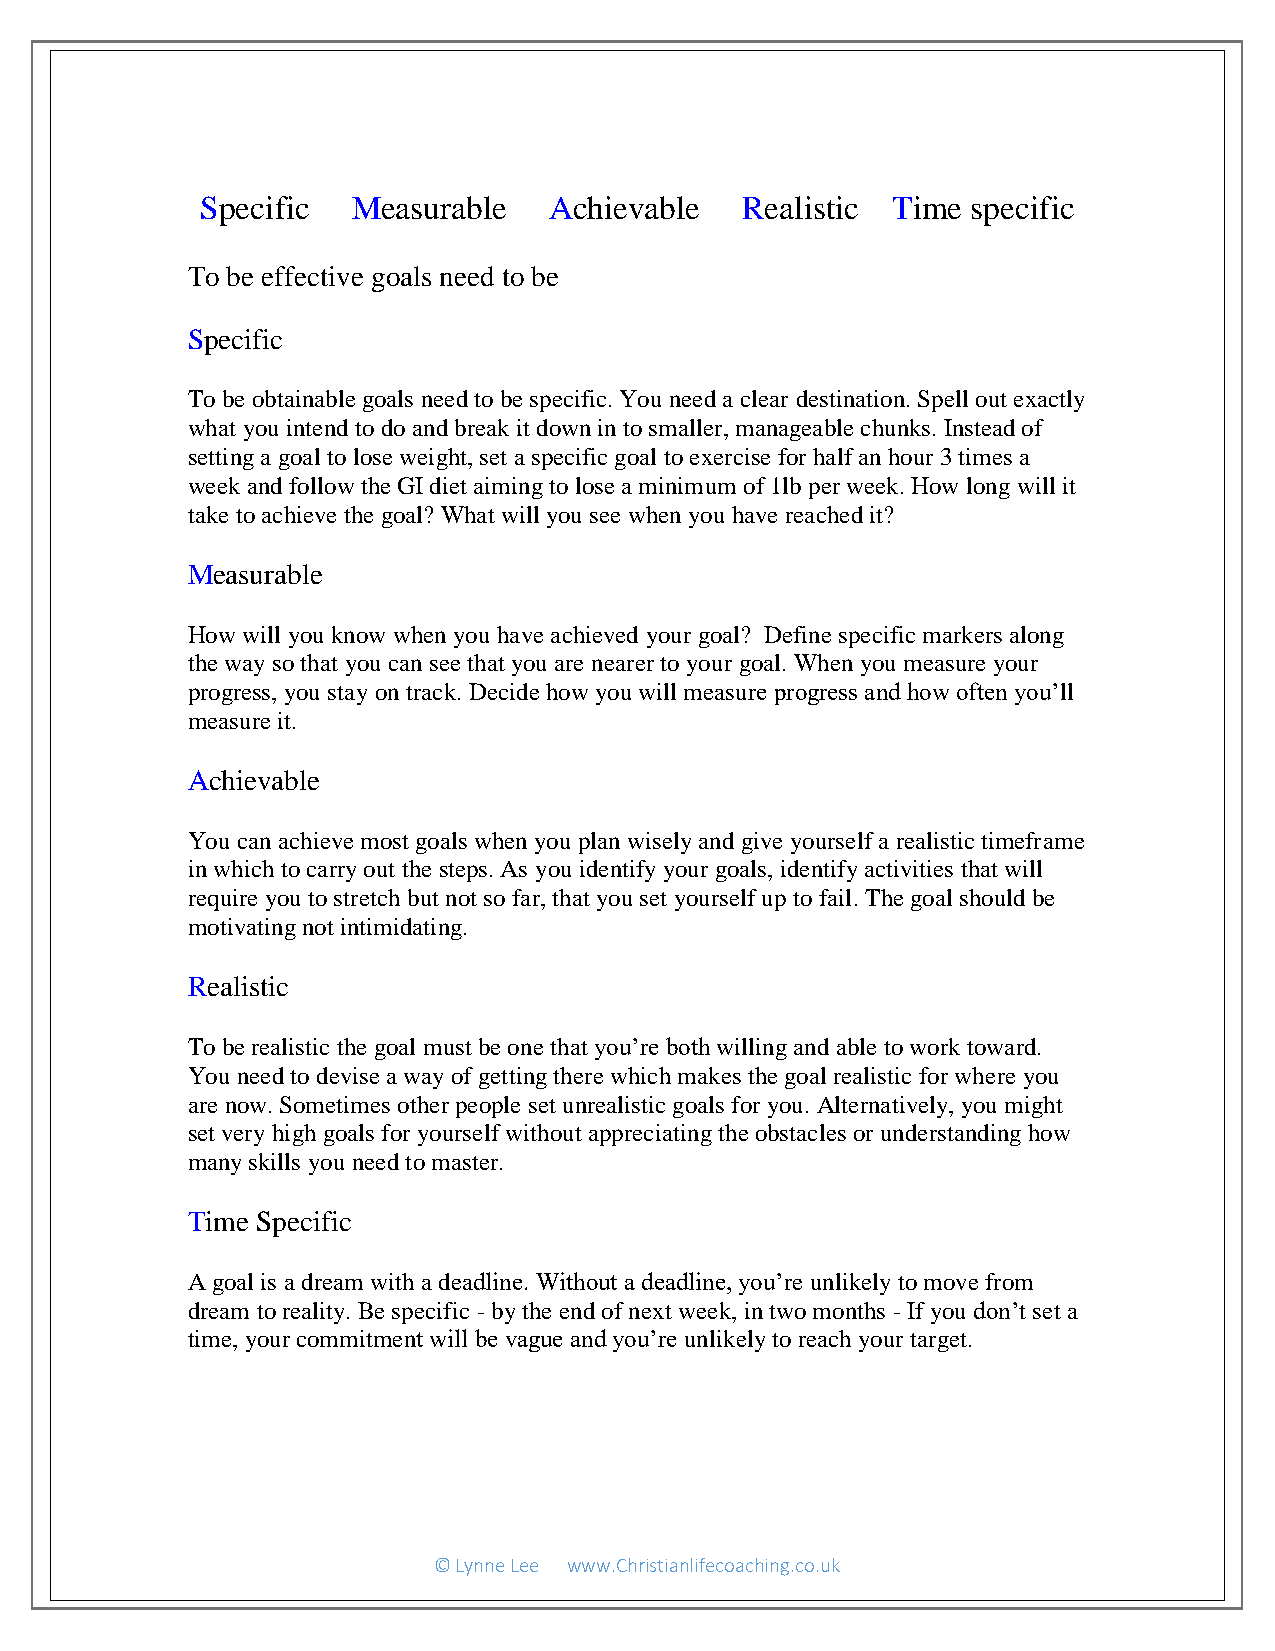
Specific  Measurable   Achievable   Realistic Time specific
 To be effective goals need to be
 Specific
 To be obtainable goals need to be specific. You need a clear destination. Spell out exactly
 what you intend to do and break it down in to smaller, manageable chunks. Instead of
 setting a goal to lose weight, set a specific goal to exercise for half an hour 3 times a
 week and follow the GI diet aiming to lose a minimum of 1lb per week. How long will it
 take to achieve the goal? What will you see when you have reached it?
 Measurable
 How will you know when you have achieved your goal? Define specific markers along
 the way so that you can see that you are nearer to your goal. When you measure your
 progress, you stay on track. Decide how you will measure progress and how often you’ll
 measure it.
 Achievable
 You can achieve most goals when you plan wisely and give yourself a realistic timeframe
 in which to carry out the steps. As you identify your goals, identify activities that will
 require you to stretch but not so far, that you set yourself up to fail. The goal should be
 motivating not intimidating.
 Realistic
 To be realistic the goal must be one that you’re both willing and able to work toward.
 You need to devise a way of getting there which makes the goal realistic for where you
 are now. Sometimes other people set unrealistic goals for you. Alternatively, you might
 set very high goals for yourself without appreciating the obstacles or understanding how
 many skills you need to master.
 Time Specific
 A goal is a dream with a deadline. Without a deadline, you’re unlikely to move from
 dream to reality. Be specific - by the end of next week, in two months - If you don’t set a
 time, your commitment will be vague and you’re unlikely to reach your target.
 © Lynne Lee www.Christianlifecoaching.co.uk